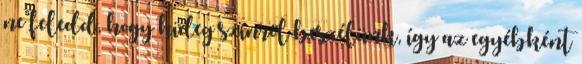
ne feledd, hogy hideg színről beszélünk, így az egyébként